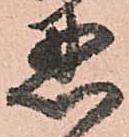
忍